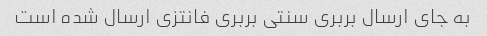
به جای ارسال بربری سنتی بربری فانتزی ارسال شده است